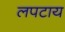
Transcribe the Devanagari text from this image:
लपटाय